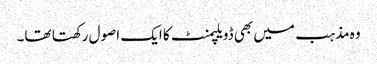
وہ مذہب میں بھی ڈویلپمنٹ کا ایک اصول رکھتا تھا۔